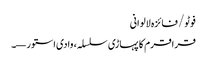
فوٹو/ فائزہ لالوانی
قراقرم کا پہاڑی سلسلہ، وادی استور—۔